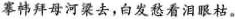
搴帏拜母河梁去，白发愁看泪眼枯。